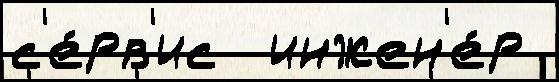
с'е́рв'ис  инжен'е́р